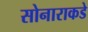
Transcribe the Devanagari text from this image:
सोनाराकडे